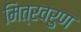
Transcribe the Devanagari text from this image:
मित्रवरुण